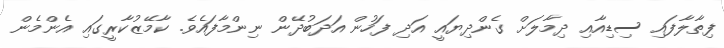
ފިތާލާފައި ސިޑިއާއި ދިމާލަށް ގެންދިޔައީ އަދި ފަހުން އަދަބުދޭން ނިންމާފައެވެ. ކާމޭޒުކާރީގައި އެންމެން